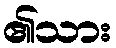
၏သား